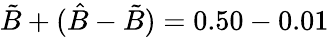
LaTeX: \tilde{B}+(\hat{B}-\tilde{B})=0.50-0.01